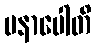
မနာပေါတိ